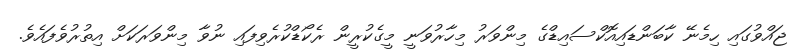
ޖައްވުގައި ހިމެނޭ ކާބަންޑައިއޮކްސައިޑްގެ މިންވަރު މިހާރުވަނީ މީގެކުރީން ރެކޯޑްކުރެވިފައި ނުވާ މިންވަރަކަށް އިތުރުވެފައެވެ.